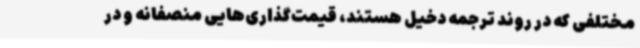
مختلفی که در روند ترجمه دخیل هستند، قیمت‌گذاری‌هایی منصفانه و در